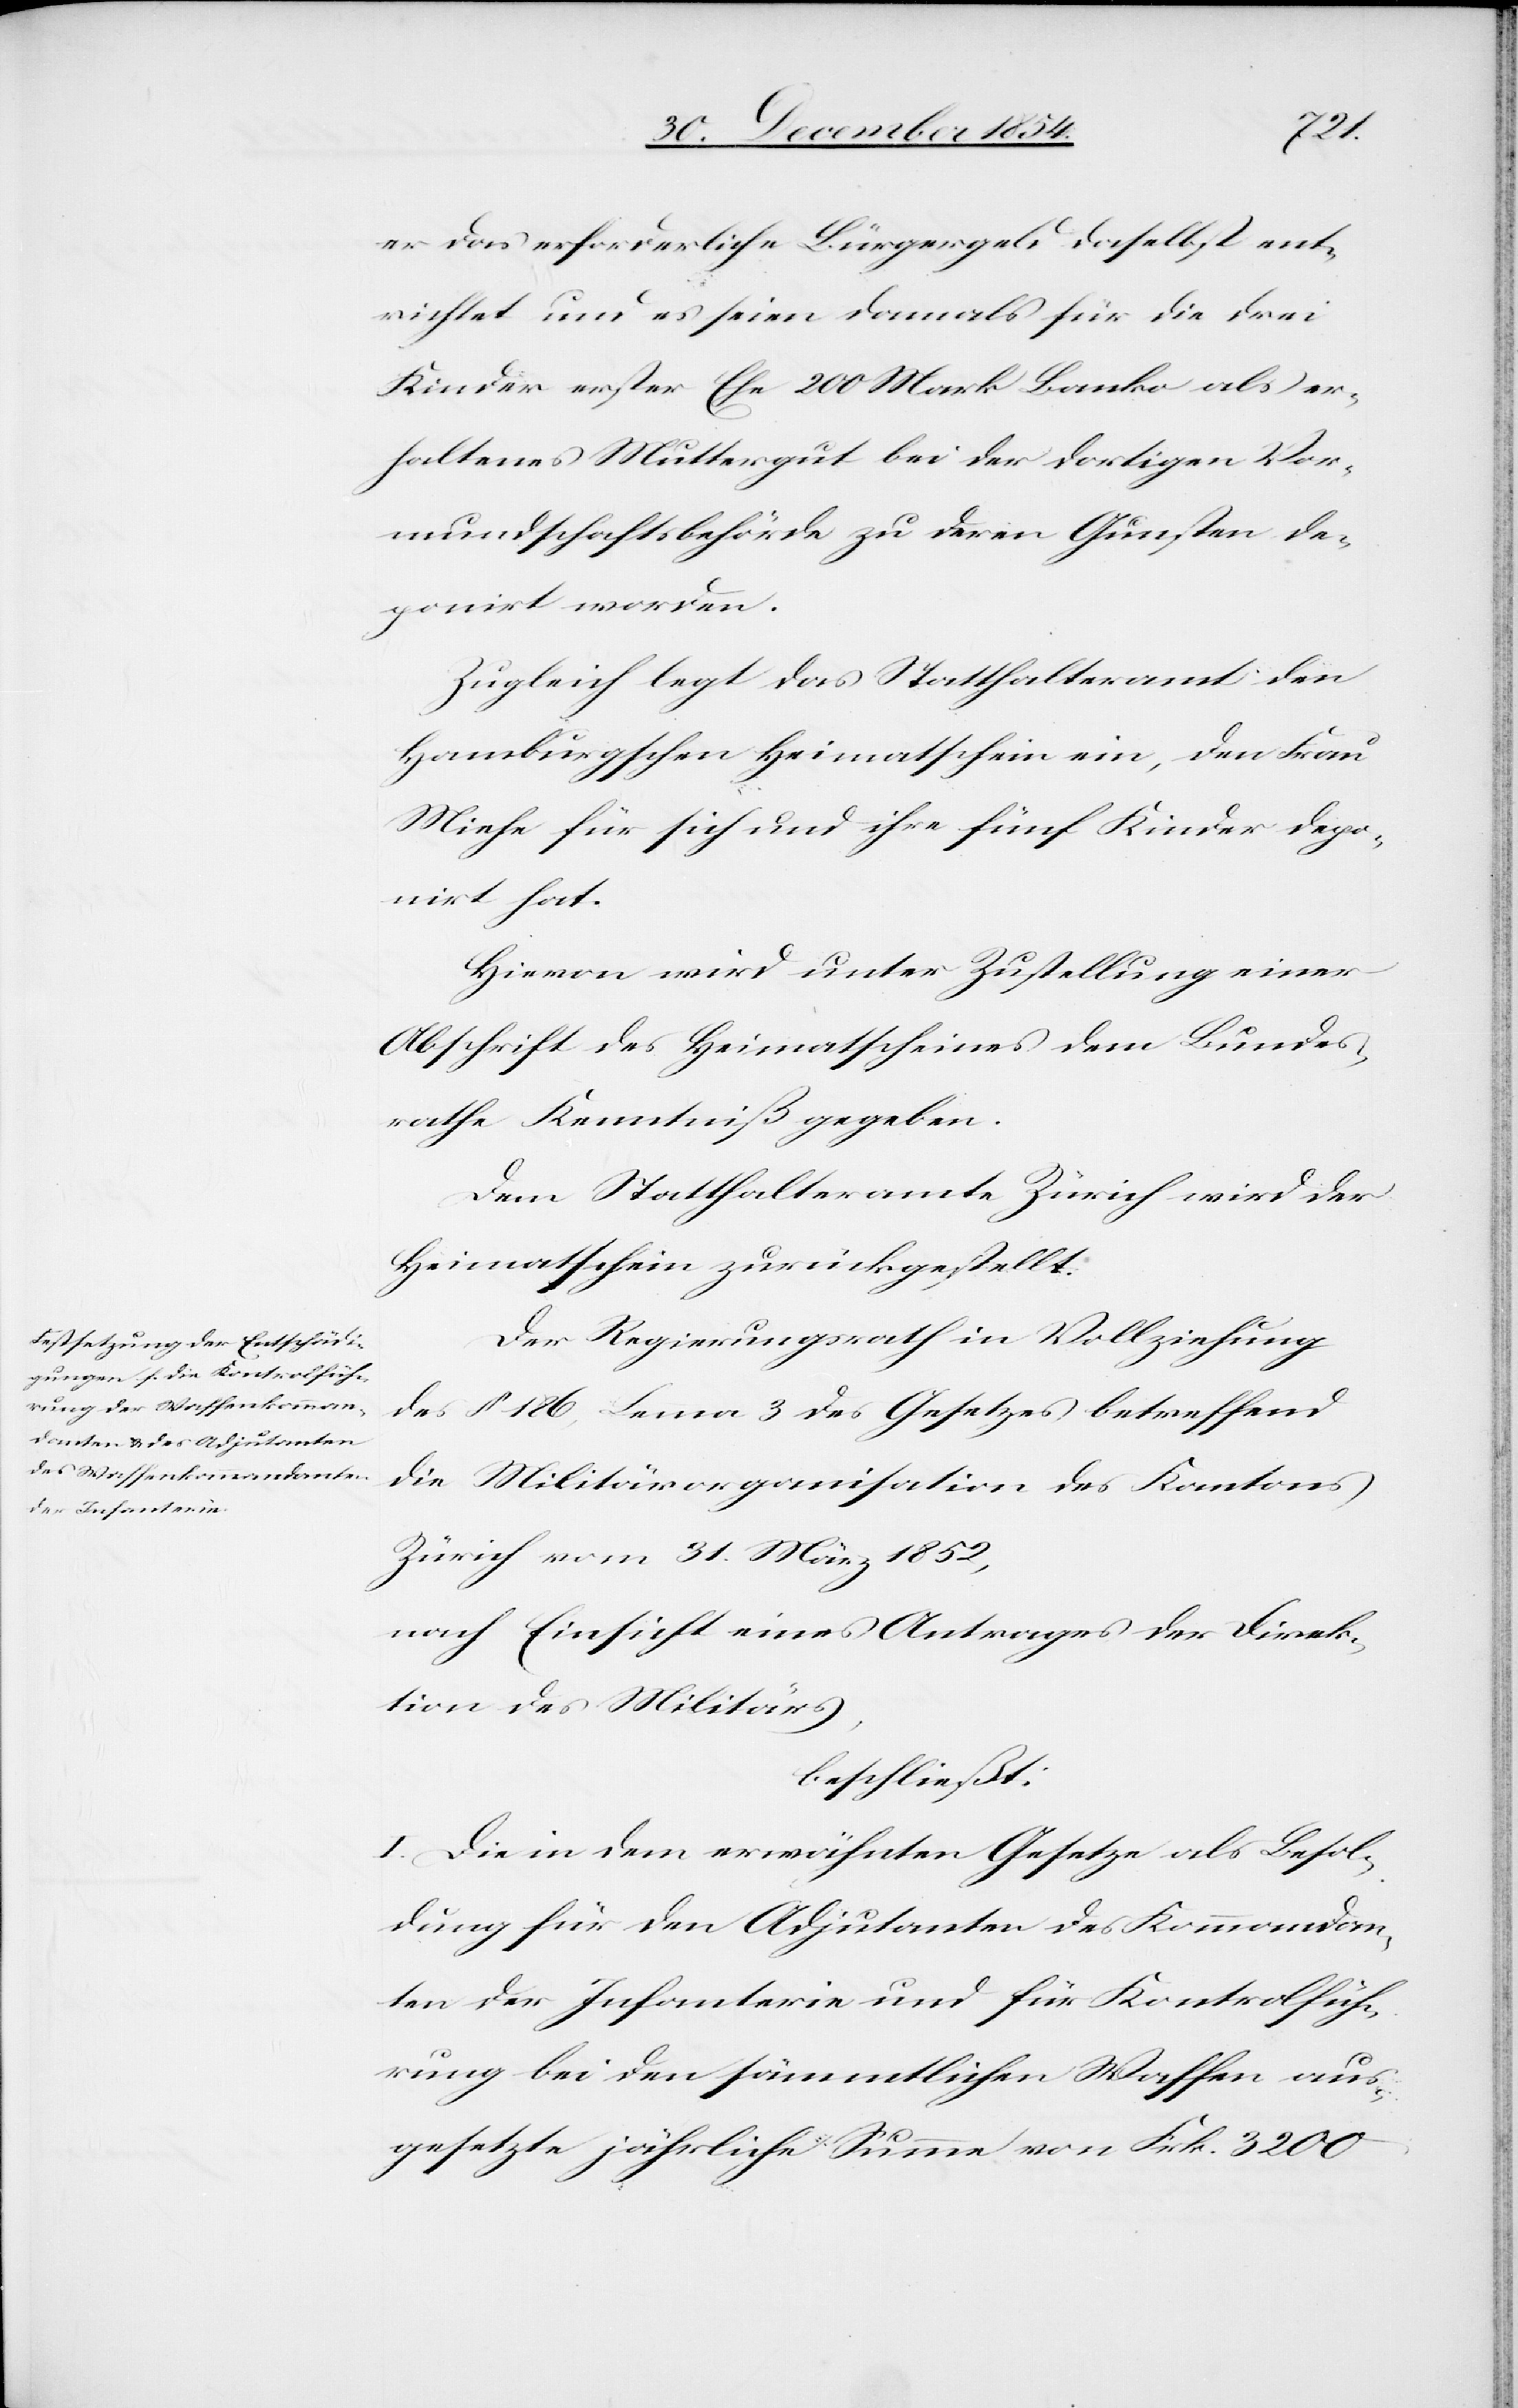
er das erforderliche Bürgergeld daselbst ent¬
richtet und es seien damals für die drei
Kinder erster Ehe 200 Mark Banko als er¬
haltenes Muttergut bei der dortigen Vor¬
mundschaftsbehörde zu deren Gunsten de¬
ponirt worden.
Zugleich legt das Statthalteramt den
Hamburgschen Heimatschein ein, den Frau
Miehe für sich und ihre fünf Kinder depo¬
nirt hat.
Hievon wird unter Zustellung einer
Abschrift des Heimatscheines dem Bundes¬
rathe Kenntniß gegeben.
Dem Statthalteramte Zürich wird der
Heimatschein zurückgestellt.
Der Regierungsrath in Vollziehung
des § 186, Lemma 3 des Gesetzes betreffend
die Militärorganisation des Kantons
Zürich vom 31. März 1852,
nach Einsicht eines Antrages der Direk¬
tion des Militärs,
beschließt:
I. Die in dem erwähnten Gesetze als Besol¬
dung für den Adjutanten des Kommandan¬
ten der Infanterie und für Kontrolfüh¬
rung bei den sämmtlichen Waffen aus¬
gesetzte jährliche Summe von Frk. 3200